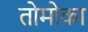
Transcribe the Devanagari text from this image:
तोमोका